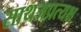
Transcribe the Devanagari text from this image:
साथअप्रत्यक्ष